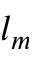
l _ { m }